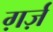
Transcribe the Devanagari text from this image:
ग़र्ज़